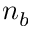
n _ { b }